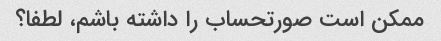
ممکن است صورتحساب را داشته باشم، لطفا؟